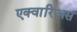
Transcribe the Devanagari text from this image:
एक्वारिअस